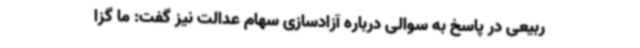
ربیعی در پاسخ به سوالی درباره آزادسازی سهام عدالت نیز گفت: ما گزا